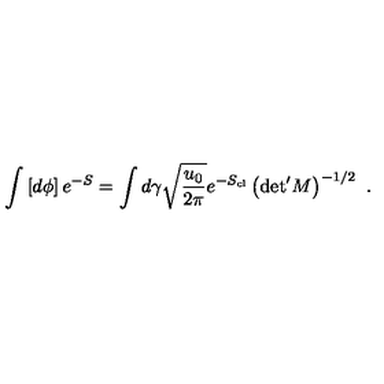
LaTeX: \int \left[ d \phi \right] e ^ { - S } = \int d \gamma \sqrt { \frac { u _ { 0 } } { 2 \pi } } e ^ { - S _ { \mathrm { c l } } } \left( { \det } ^ { \prime } M \right) ^ { - 1 / 2 } \ .